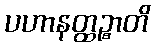
ပဟာနတ္ထဉ္စာတိ